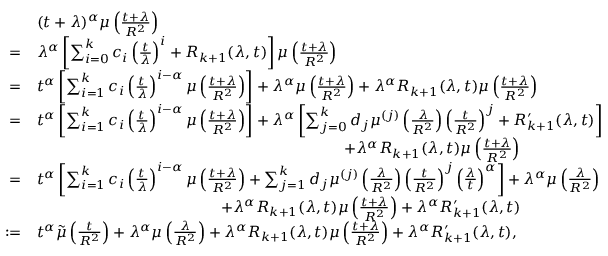
\begin{array} { r l } & { ( t + \lambda ) ^ { \alpha } \mu \left( \frac { t + \lambda } { R ^ { 2 } } \right) } \\ { = } & { \lambda ^ { \alpha } \left[ \sum _ { i = 0 } ^ { k } c _ { i } \left( \frac { t } { \lambda } \right) ^ { i } + R _ { k + 1 } ( \lambda , t ) \right] \mu \left( \frac { t + \lambda } { R ^ { 2 } } \right) } \\ { = } & { t ^ { \alpha } \left[ \sum _ { i = 1 } ^ { k } c _ { i } \left( \frac { t } { \lambda } \right) ^ { i - \alpha } \mu \left( \frac { t + \lambda } { R ^ { 2 } } \right) \right] + \lambda ^ { \alpha } \mu \left( \frac { t + \lambda } { R ^ { 2 } } \right) + \lambda ^ { \alpha } R _ { k + 1 } ( \lambda , t ) \mu \left( \frac { t + \lambda } { R ^ { 2 } } \right) } \\ { = } & { t ^ { \alpha } \left[ \sum _ { i = 1 } ^ { k } c _ { i } \left( \frac { t } { \lambda } \right) ^ { i - \alpha } \mu \left( \frac { t + \lambda } { R ^ { 2 } } \right) \right] + \lambda ^ { \alpha } \left[ \sum _ { j = 0 } ^ { k } d _ { j } \mu ^ { ( j ) } \left( \frac { \lambda } { R ^ { 2 } } \right) \left( \frac { t } { R ^ { 2 } } \right) ^ { j } + R _ { k + 1 } ^ { \prime } ( \lambda , t ) \right] } \\ & { \quad \quad \quad \quad \quad \quad \quad \quad \quad \quad \quad \quad \quad \quad \quad \quad \quad \quad \quad \quad + \lambda ^ { \alpha } R _ { k + 1 } ( \lambda , t ) \mu \left( \frac { t + \lambda } { R ^ { 2 } } \right) } \\ { = } & { t ^ { \alpha } \left[ \sum _ { i = 1 } ^ { k } c _ { i } \left( \frac { t } { \lambda } \right) ^ { i - \alpha } \mu \left( \frac { t + \lambda } { R ^ { 2 } } \right) + \sum _ { j = 1 } ^ { k } d _ { j } \mu ^ { ( j ) } \left( \frac { \lambda } { R ^ { 2 } } \right) \left( \frac { t } { R ^ { 2 } } \right) ^ { j } \left( \frac { \lambda } { t } \right) ^ { \alpha } \right] + \lambda ^ { \alpha } \mu \left( \frac { \lambda } { R ^ { 2 } } \right) } \\ & { \quad \quad \quad \quad \quad \quad \quad \quad \quad \quad \quad \quad + \lambda ^ { \alpha } R _ { k + 1 } ( \lambda , t ) \mu \left( \frac { t + \lambda } { R ^ { 2 } } \right) + \lambda ^ { \alpha } R _ { k + 1 } ^ { \prime } ( \lambda , t ) } \\ { : = } & { t ^ { \alpha } \tilde { \mu } \left( \frac { t } { R ^ { 2 } } \right) + \lambda ^ { \alpha } \mu \left( \frac { \lambda } { R ^ { 2 } } \right) + \lambda ^ { \alpha } R _ { k + 1 } ( \lambda , t ) \mu \left( \frac { t + \lambda } { R ^ { 2 } } \right) + \lambda ^ { \alpha } R _ { k + 1 } ^ { \prime } ( \lambda , t ) , } \end{array}